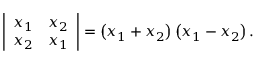
\left| { \begin{array} { c c } { x _ { 1 } } & { x _ { 2 } } \\ { x _ { 2 } } & { x _ { 1 } } \end{array} } \right| = \left( x _ { 1 } + x _ { 2 } \right) \left( x _ { 1 } - x _ { 2 } \right) .